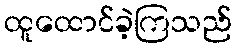
ထူထောင်ခဲ့ကြသည်